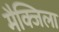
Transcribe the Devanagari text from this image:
मैक्जिला